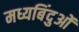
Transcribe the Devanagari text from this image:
मध्यबिंदुओं